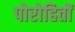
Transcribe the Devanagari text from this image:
पोरोहितों